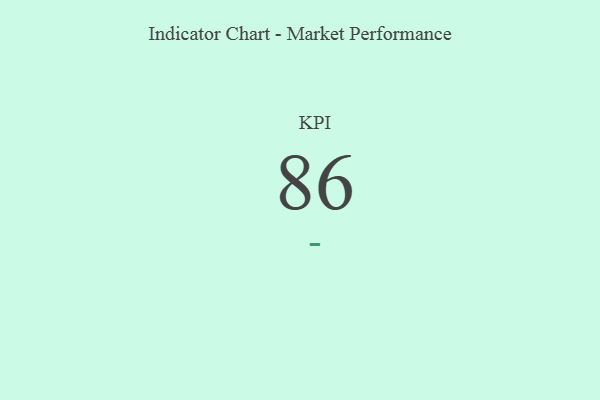
{"axis": {"x": "KPI", "y": "Value"}, "legend": [""], "data": [{"x": "KPI", "y": 86, "type": ""}]}